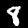
Label: 8